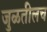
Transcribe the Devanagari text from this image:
जुळतीलच